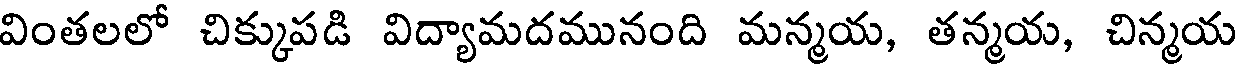
వింతలలో చిక్కుపడి విద్యామదమునంది మన్మయ, తన్మయ, చిన్మయ